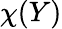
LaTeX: \chi(Y)